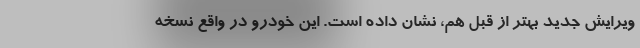
ویرایش جدید بهتر از قبل هم، نشان داده است. این خودرو در واقع نسخه